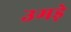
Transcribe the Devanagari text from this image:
उमड़े